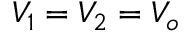
V _ { 1 } = V _ { 2 } = V _ { o }